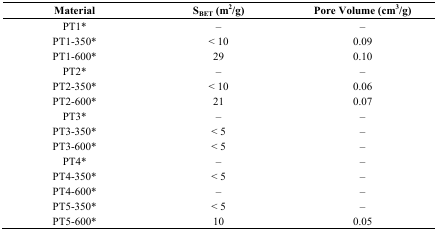
<table><thead><tr><td><b>Material</b></td><td><b>S<sub>BET</sub> (m<sup>2</sup>/g)</b></td><td><b>Pore Volume (cm<sup>3</sup>/g)</b></td></tr></thead><tbody><tr><td>PT1*</td><td>–</td><td>–</td></tr><tr><td>PT1-350*</td><td>&lt; 10</td><td>0.09</td></tr><tr><td>PT1-600*</td><td>29</td><td>0.10</td></tr><tr><td>PT2*</td><td>–</td><td>–</td></tr><tr><td>PT2-350*</td><td>&lt; 10</td><td>0.06</td></tr><tr><td>PT2-600*</td><td>21</td><td>0.07</td></tr><tr><td>PT3*</td><td>–</td><td>–</td></tr><tr><td>PT3-350*</td><td>&lt; 5</td><td>–</td></tr><tr><td>PT3-600*</td><td>&lt; 5</td><td>–</td></tr><tr><td>PT4*</td><td>–</td><td>–</td></tr><tr><td>PT4-350*</td><td>&lt; 5</td><td>–</td></tr><tr><td>PT4-600*</td><td>–</td><td>–</td></tr><tr><td>PT5-350*</td><td>&lt; 5</td><td>–</td></tr><tr><td>PT5-600*</td><td>10</td><td>0.05</td></tr></tbody></table>